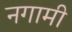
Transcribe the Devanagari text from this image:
नगामी